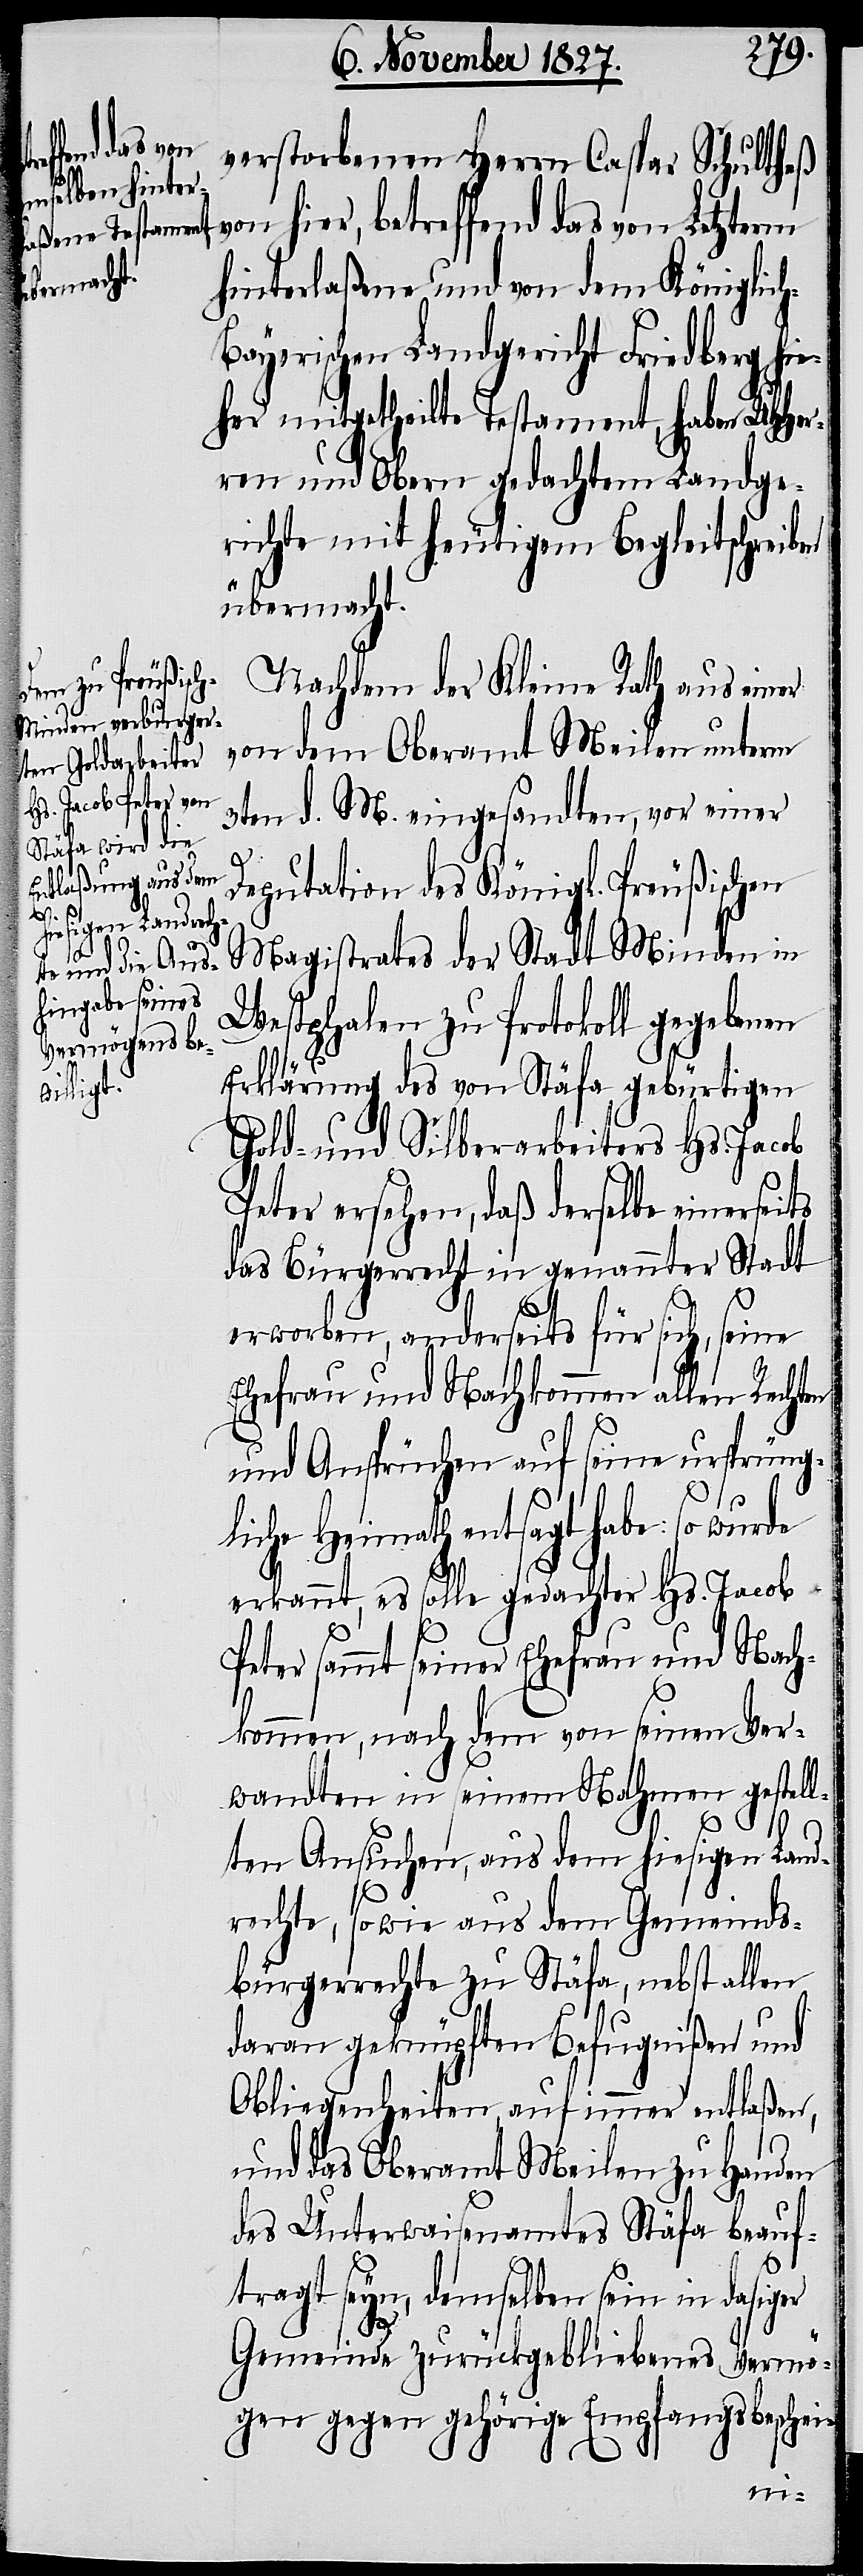
h-B¬

verstorbenen Herrn Caspar
Schulth¬
von hier, betreffend das von Letzterm
hinterlaßene und von dem Königlic¬
ayerischen Landgericht Friedberg hie¬
her mitgetheilte Testament, haben UHHe¬
rren und Obern gedachtem Landge¬
richte mit heutigem Begleitschreiben
übermacht.
Nachdem der Kleine Rath aus einer
von dem Oberamt Meilen unterm
3ten d. M. eingesandten, vor einer
Deputation des Königl. Preußischen
Magistrates der Stadt Minden in
Westphalen zu Protokoll gegebenen
Erklärung des von Stäfa gebürtigen
Gold- und Silberarbeiters Hs. Jacob
Peter ersehen, daß derselbe einerseits
das Bürgerrecht in genannter Stadt
erworben, anderseits für sich, seine
Ehefrau und Nachkommen allen Rechten
und Ansprüchen auf seine ursprüng¬
liche Heimath entsagt habe: so wurde
erkannt, es solle gedachter Hs. Jacob
Peter sammt seiner Ehefrau und Nach¬
kommen, nach dem von seinen Ver¬
wandten in seinem Nahmen gestell¬
ten Ansuchen, aus dem hiesigen Land¬
rechte, sowie aus dem Gemeinds¬
bürgerrechte zu Stäfa, nebst allen
daran geknüpften Befugnißen und
Obliegenheiten, auf immer entlaßen,
und das Oberamt Meilen zu Handen
des Unterwaisenamtes Stäfa beauf¬
tragt seyn, demselben sein in dasiger
Gemeinde zurückgebliebenes Vermö¬
gen gegen gehörige Empfangsbeschei¬
n-